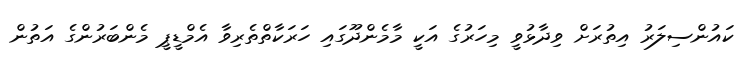
ކައުންސިލަރު އިތުރަށް ވިދާޅުވީ މިހަރުގެ އަކީ މާމެންދޫގައި ހަރަކާތްތެރިވާ އެމްޑީޕީ މެންބަރުންގެ އަތުން